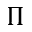
\Pi